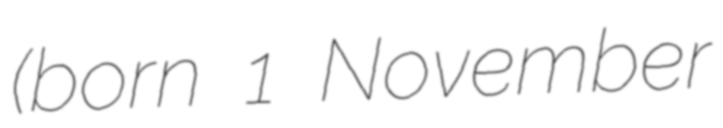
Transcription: (born 1 November